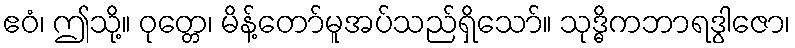
ဧဝံ၊ ဤသို့။ ဝုတ္တေ၊ မိန့်တော်မူအပ်သည်ရှိသော်။ သုဒ္ဓိကဘာရဒွါဇော၊